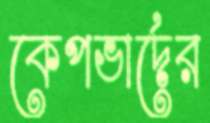
কেপভার্দের